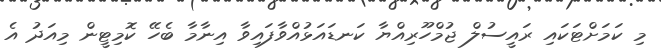
މި ކަމަށްޓަކައި ރައީސުލް ޖުމްހޫރިއްޔާ ކަނޑައަޅުއްވާފައިވާ އިނާމާ ބެހޭ ކޮމިޓީން މިއަދު އެ